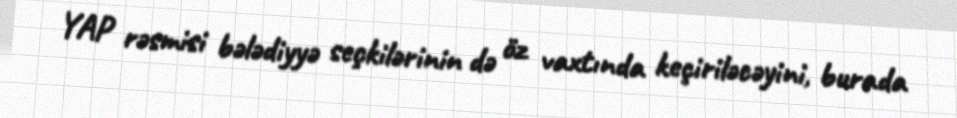
YAP rəsmisi bələdiyyə seçkilərinin də öz vaxtında keçiriləcəyini, burada